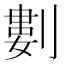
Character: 𠞭